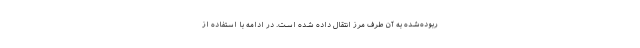
ربوده‌شده به آن طرف مرز انتقال داده شده است. در ادامه با استفاده از